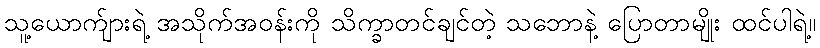
သူ့ယောက်ျားရဲ့ အသိုက်အဝန်းကို သိက္ခာတင်ချင်တဲ့ သဘောနဲ့ ပြောတာမျိုး ထင်ပါရဲ့။